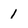
Character: 1